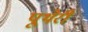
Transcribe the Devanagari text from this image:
पूथेरी